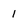
Character: 1